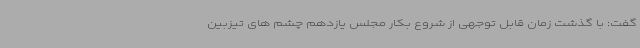
گفت: با گذشت زمان قابل توجهی از شروع بکار مجلس یازدهم چشم های تیزبین